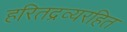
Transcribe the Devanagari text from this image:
हरितद्रव्यरहित